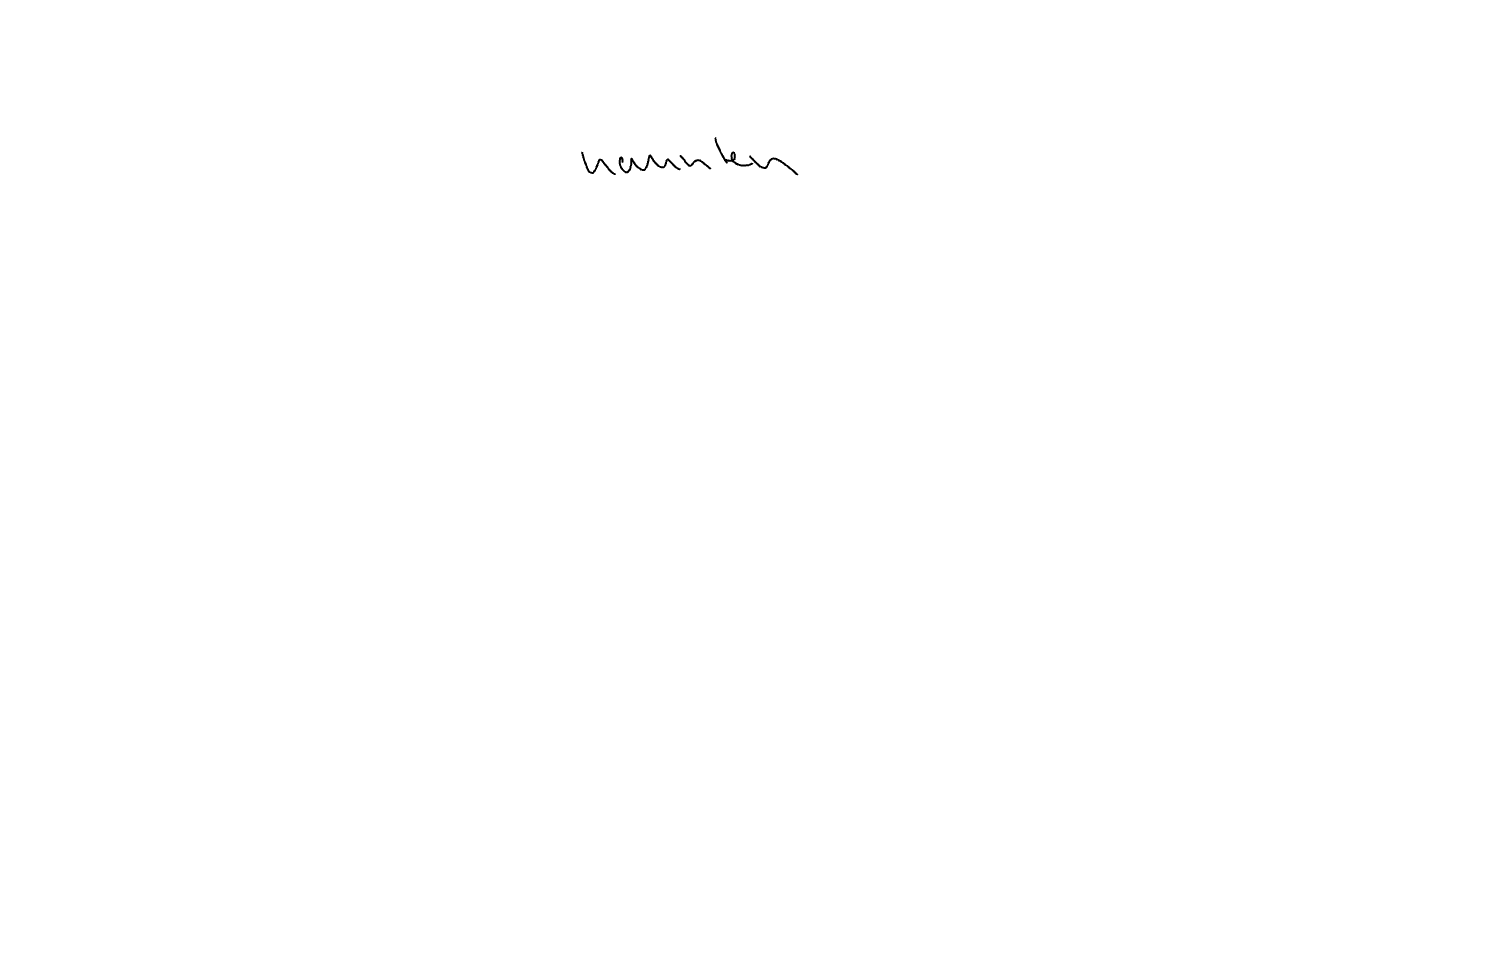
Text: nannten